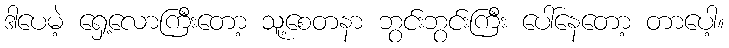
ဒါပေမဲ့ ရှေ့လောကြီးတော့ သူ့စေတနာ ဘွင်းဘွင်းကြီး ပေါ်နေတော့ တာပေါ့။